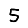
Digit: 5